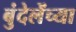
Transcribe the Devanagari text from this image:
बुंदेलेंच्या